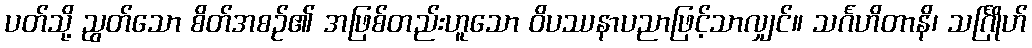
ပတ်သို့ ညွတ်သော စိတ်အစဉ်၏ အဖြစ်တည်းဟူသော ဝိပဿနာပညာဖြင့်သာလျှင်။ သင်္ဂဟိတာနိ၊ သင်္ဂြိုဟ်